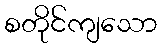
စတိုင်ကျသော